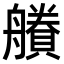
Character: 𧷽